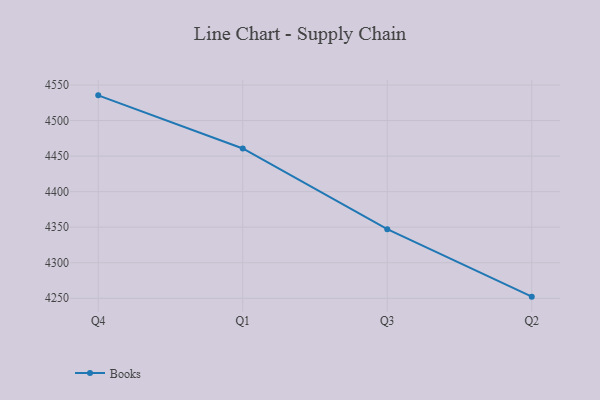
{"axis": {"x": "Quarter", "y": "Bounce Rate (%)"}, "legend": ["Books"], "data": [{"x": "Q4", "y": 4535.4, "type": "Books"}, {"x": "Q1", "y": 4460.7, "type": "Books"}, {"x": "Q3", "y": 4347.2, "type": "Books"}, {"x": "Q2", "y": 4252.3, "type": "Books"}]}